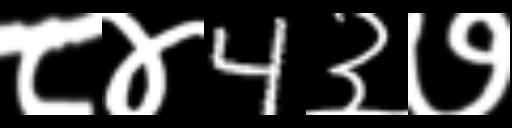
Text: ८४4३७